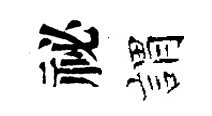
祕娟